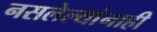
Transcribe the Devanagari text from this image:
नसलेल्यांनाही